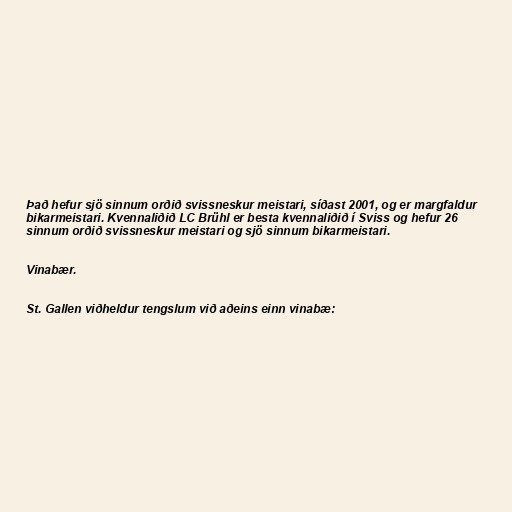
Það hefur sjö sinnum orðið svissneskur meistari, síðast 2001, og er margfaldur
bikarmeistari. Kvennaliðið LC Brühl er besta kvennaliðið í Sviss og hefur 26
sinnum orðið svissneskur meistari og sjö sinnum bikarmeistari.

Vinabær.

St. Gallen viðheldur tengslum við aðeins einn vinabæ: